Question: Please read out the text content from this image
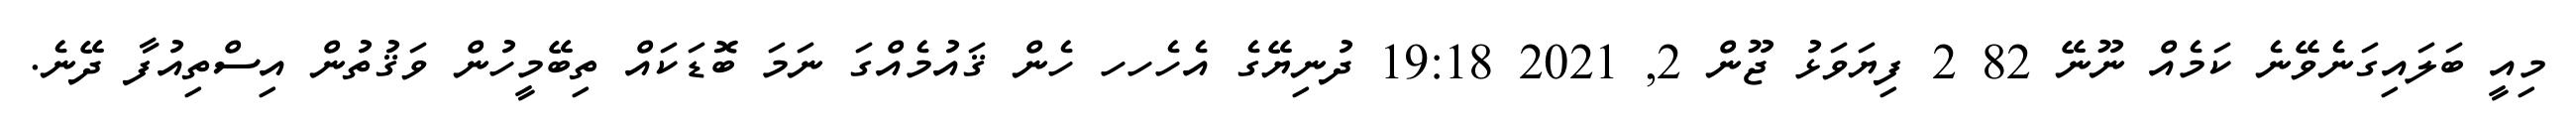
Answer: މިއީ ބަލައިގަނެވޭނެ ކަމެއް ނޫނޭ 82 2 ފިޔަވަޅު ޖޫން 2, 2021 19:18 ދުނިޔޭގެ އެހެހހ ހެން ޤައުމެއްގަ ނަމަ ބޮޑަކައް ތިބޭމީހުން ވަޤުތުން އިސްތިއުފާ ދޭނެ.